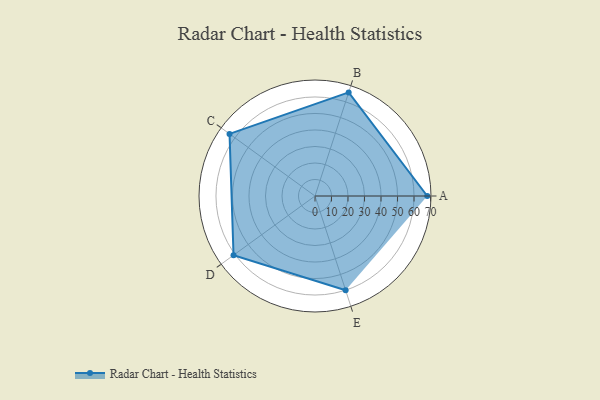
{"axis": {"x": "Skill", "y": "Score"}, "legend": ["Profile"], "data": [{"x": "A", "y": 68.0, "type": "Profile"}, {"x": "B", "y": 66.0, "type": "Profile"}, {"x": "C", "y": 64.0, "type": "Profile"}, {"x": "D", "y": 61.0, "type": "Profile"}, {"x": "E", "y": 60.0, "type": "Profile"}]}